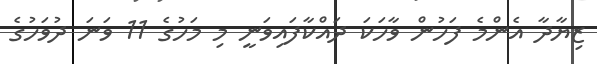
ޒިޔާދާ އެންމެ ފަހުން ވާހަކަ ދައްކާފައިވަނީ މި މަހުގެ 11 ވަނަ ދުވަހުގެ